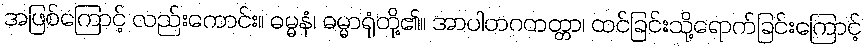
အဖြစ်ကြောင့် လည်းကောင်း။ ဓမ္မနံ၊ ဓမ္မာရုံတို့၏။ အာပါတဂတတ္တာ၊ ထင်ခြင်းသို့ရောက်ခြင်းကြောင့်